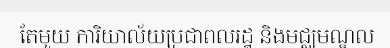
តែមួយ ការិយាល័យប្រជាពលរដ្ឋ និងមជ្ឈមណ្ឌល